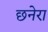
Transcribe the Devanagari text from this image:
छनेरा